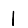
Digit: 1